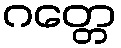
ဂတ္တေ